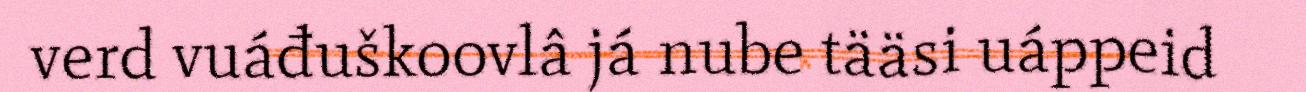
verd vuáđuškoovlâ já nube tääsi uáppeid